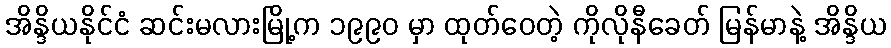
အိန္ဒိယနိုင်ငံ ဆင်းမလားမြို့က ၁၉၉၀ မှာ ထုတ်ဝေတဲ့ ကိုလိုနီခေတ် မြန်မာနဲ့ အိန္ဒိယ